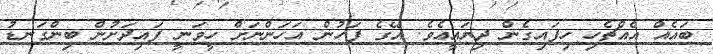
ބައެއް އެއްޗެހި ހިފައިގެން ދިޔައީއެވެ. އޭގެ ފަހުން އަހަންނަށް ހީވަނީ ފައިދަށުން ބިންގަނޑު